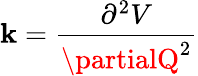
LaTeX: \mathbf{k}={\frac{{\partial^{2}V}}{{\partialQ^{2}}}}